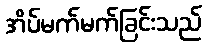
အိပ်မက်မက်ခြင်းသည်